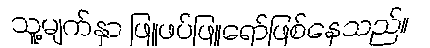
သူ့မျက်နှာ ဖြူဖပ်ဖြူရော်ဖြစ်နေသည်။